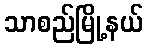
သာစည်မြို့နယ်